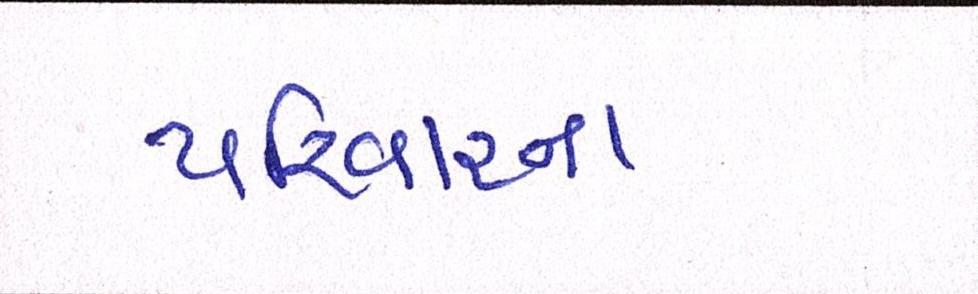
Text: પરિવારના